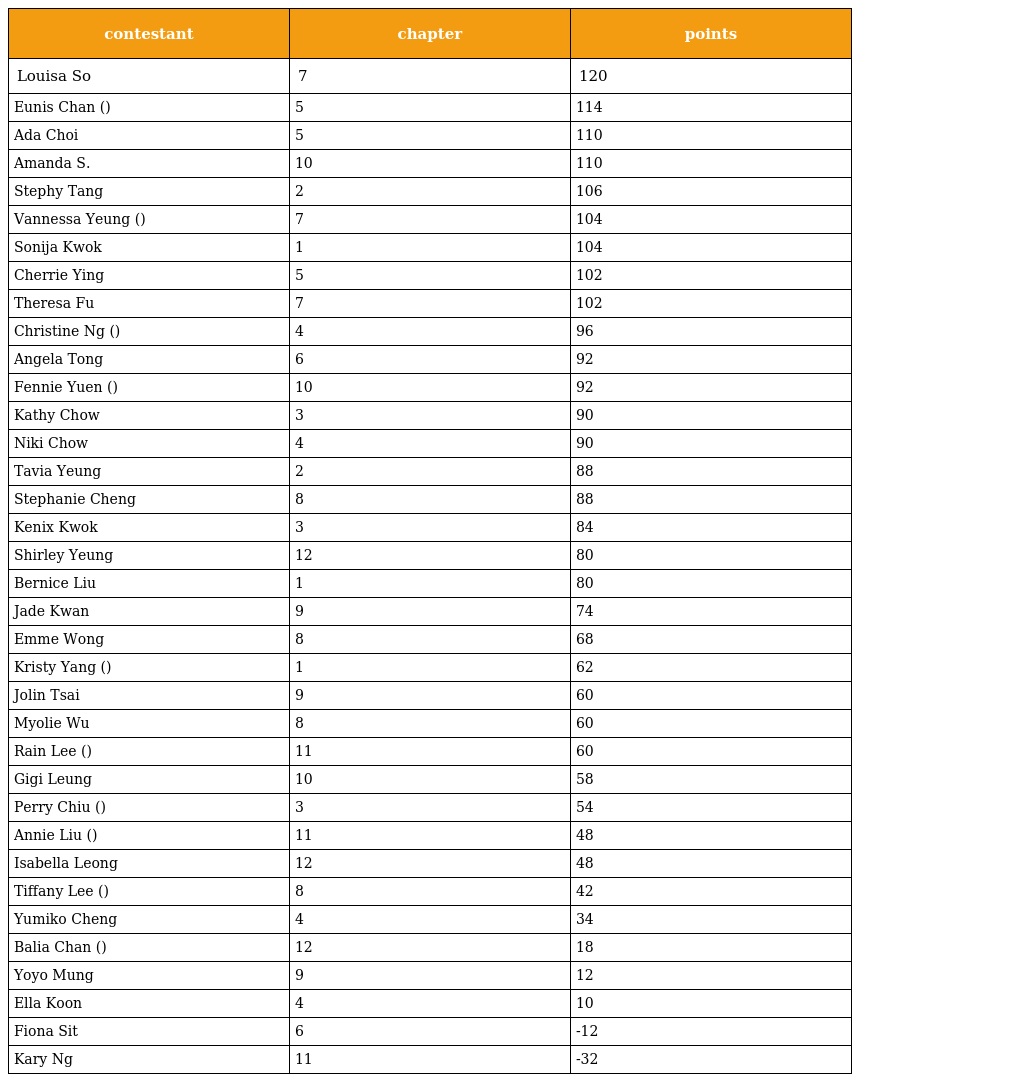
| contestant | chapter | points |
 | --- | --- | --- |
 | Louisa So | 7 | 120 |
 | Eunis Chan (陳嘉容) | 5 | 114 |
 | Ada Choi | 5 | 110 |
 | Amanda S. | 10 | 110 |
 | Stephy Tang | 2 | 106 |
 | Vannessa Yeung (楊崢) | 7 | 104 |
 | Sonija Kwok | 1 | 104 |
 | Cherrie Ying | 5 | 102 |
 | Theresa Fu | 7 | 102 |
 | Christine Ng (伍詠薇) | 4 | 96 |
 | Angela Tong | 6 | 92 |
 | Fennie Yuen (袁潔瑩) | 10 | 92 |
 | Kathy Chow | 3 | 90 |
 | Niki Chow | 4 | 90 |
 | Tavia Yeung | 2 | 88 |
 | Stephanie Cheng | 8 | 88 |
 | Kenix Kwok | 3 | 84 |
 | Shirley Yeung | 12 | 80 |
 | Bernice Liu | 1 | 80 |
 | Jade Kwan | 9 | 74 |
 | Emme Wong | 8 | 68 |
 | Kristy Yang (楊恭如) | 1 | 62 |
 | Jolin Tsai | 9 | 60 |
 | Myolie Wu | 8 | 60 |
 | Rain Lee (李彩華) | 11 | 60 |
 | Gigi Leung | 10 | 58 |
 | Perry Chiu (焦媛) | 3 | 54 |
 | Annie Liu (劉心悠) | 11 | 48 |
 | Isabella Leong | 12 | 48 |
 | Tiffany Lee (李蘢怡) | 8 | 42 |
 | Yumiko Cheng | 4 | 34 |
 | Balia Chan (陳沛嘉) | 12 | 18 |
 | Yoyo Mung | 9 | 12 |
 | Ella Koon | 4 | 10 |
 | Fiona Sit | 6 | -12 |
 | Kary Ng | 11 | -32 |